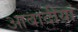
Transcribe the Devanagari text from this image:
आबादीयां